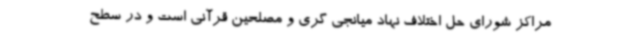
مراکز شورای حل اختلاف نهاد میانجی گری و مصلحین قرآنی است و در سطح